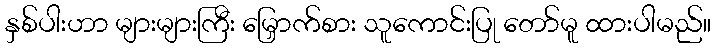
နှစ်ပါးဟာ များများကြီး မြှောက်စား သူကောင်းပြု တော်မူ ထားပါမည်။